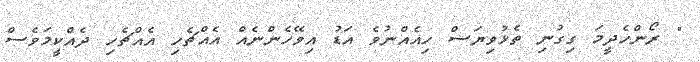
" ރޯންހެދީމަ ގިގުނި ތެޅުވިޔަސް ހިއެއްނުވެ އަޑު އިވޭހެންނެއް އެއްޗެހި އެއްޗެހި ދެއްކީމަވެސް